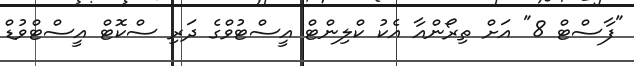
"ފާސްޓް 8" އަށް ތިރޯންއާ އެކު ކްލިންޓް އީސްޓުވްގެ ދަރި ސްކޮޓް އީސްޓްވުޑް